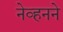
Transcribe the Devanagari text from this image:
नेव्हनने